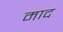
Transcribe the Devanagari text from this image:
माद